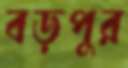
বড়পুর